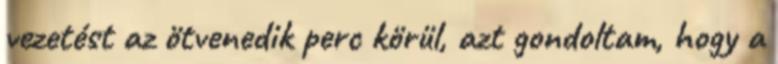
vezetést az ötvenedik perc körül, azt gondoltam, hogy a